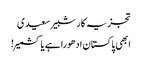
تجزیہ کار شبیر سعیدی
ابھی پاکستان ادھورا ہے یا کشمیر!